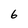
Character: 6